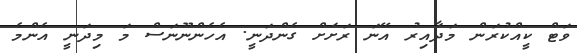
ވަޓް ކީއްކުރަން މަދާއިރު އޭނަ ރަށަށް ގެންދަނީ. އެހެންނޫނަސް މަ މިދަނީ އެންމެ